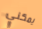
يمكني